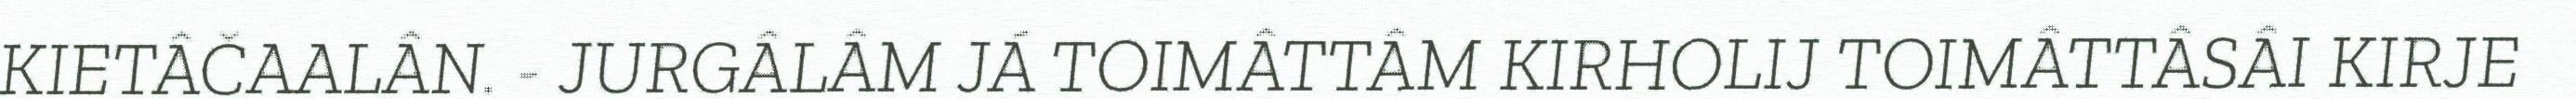
KIETÂČAALÂN. - JURGÂLÂM JÁ TOIMÂTTÂM KIRHOLIJ TOIMÂTTÂSÂI KIRJE